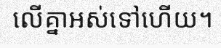
លើគ្នាអស់ទៅហើយ។